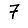
Digit: 7